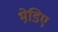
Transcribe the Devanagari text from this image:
भेडि़ए